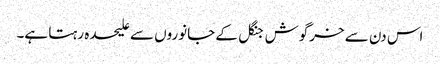
اس دن سے خرگوش جنگل کے جانوروں سے علیحدہ رہتا ہے۔